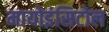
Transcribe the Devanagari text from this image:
मायोइंसिटोल